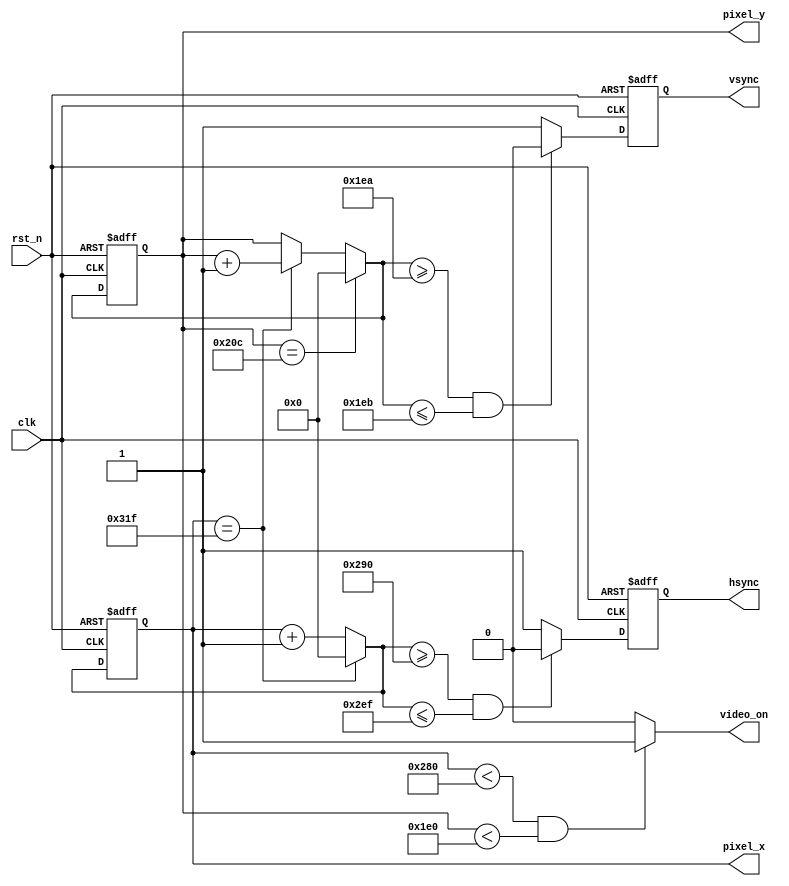
`timescale 1ns / 1ps
//////////////////////////////////////////////////////////////////////////////////
//  Code taken from: 
//      https://github.com/AngeloJacobo/FPGA_OV7670_Camera_Interface/blob/main/src/vga_core.v
//
//////////////////////////////////////////////////////////////////////////////////

module vga_core(
	input wire clk,rst_n, //clock must be 25MHz for 640x480 30fps
	output wire hsync,vsync,
	output reg video_on,
	output wire[11:0] pixel_x,pixel_y
    );		//650x480 parameters
	 localparam HD=640, //Horizontal Display
					HR=16, //Right Border
					HRet=96, //Horizontal Retrace
					HL=48, //Left Border
					
					VD=480, //Vertical Display
					VB=10, //Bottom Border
					VRet=2, //Vertical Retrace
					VT=33; //Top Border
	reg[11:0] vctr_q=0,vctr_d; //counter for vertical scan
	reg[11:0] hctr_q=0,hctr_d; //counter for horiz scan
	reg hsync_q=0,hsync_d;
	reg vsync_q=0,vsync_d;
	//vctr and hctr register operation
	always @(posedge clk,negedge rst_n) begin
		if(!rst_n) begin
			vctr_q<=0;
			hctr_q<=0;
			vsync_q<=0;
			hsync_q<=0;
		end
		else begin
			vctr_q<=vctr_d;
			hctr_q<=hctr_d;
			vsync_q<=vsync_d;
			hsync_q<=hsync_d;
		end
	end
	
	always @* begin
		vctr_d=vctr_q;
		hctr_d=hctr_q;
		video_on=0;
		hsync_d=1; 
		vsync_d=1; 
		
		if(hctr_q==HD+HR+HRet+HL-1) hctr_d=0; //horizontal counter
		else hctr_d=hctr_q+1'b1;
		
		if(vctr_q==VD+VB+VRet+VT-1) vctr_d=0; //vertical counter
		else if(hctr_q==HD+HR+HRet+HL-1) vctr_d=vctr_q+1'b1;
		
		if(hctr_q<HD && vctr_q<VD) video_on=1; //video_on 
		
		if( (hctr_d>=HD+HR) && (hctr_d<=HD+HR+HRet-1) ) hsync_d=0; //horizontal sync 
		if( (vctr_d>=VD+VB) && (vctr_d<=VD+VB+VRet-1) ) vsync_d=0; //vertical sync
				
	end
		assign vsync=vsync_q;
		assign hsync=hsync_q;
		assign pixel_x=hctr_q;
		assign pixel_y=vctr_q;

endmodule